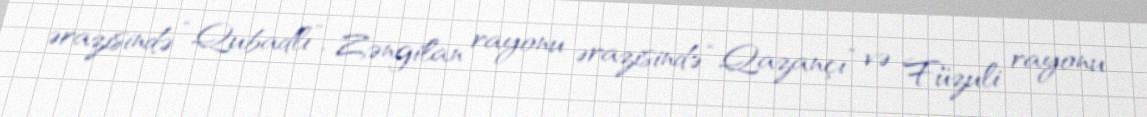
ərazisində “Qubadlı”, Zəngilan rayonu ərazisində “Qazançı” və Füzuli rayonu